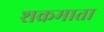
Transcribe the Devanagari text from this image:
शक्रमाता